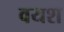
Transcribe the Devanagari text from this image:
वयश